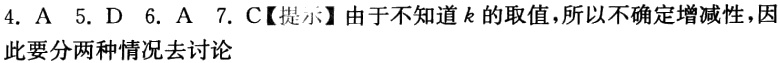
4. A 5. D 6. A 7. C【提示】由于不知道 \(k\) 的取值，所以不确定增减性，因此要分两种情况去讨论